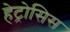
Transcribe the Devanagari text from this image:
हेट्रोसिस